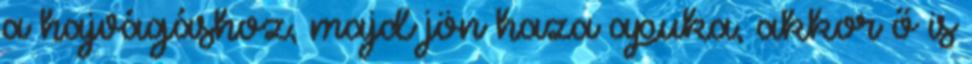
a hajvágáshoz, majd jön haza apuka, akkor ő is